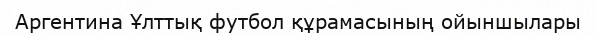
Аргентина Ұлттық футбол құрамасының ойыншылары